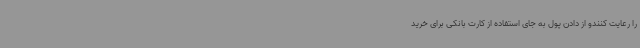
را رعایت کنندو از دادن پول به جای استفاده از کارت بانکی برای خرید